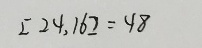
[ 2 4 , 1 6 ] = 4 8